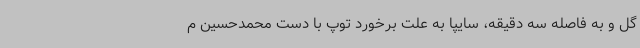
گل و به فاصله سه دقیقه، سایپا به علت برخورد توپ با دست محمدحسین م